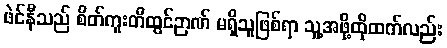
ဖဲင်နီသည် စိတ်ကူးတီထွင်ဉာဏ် မရှိသူဖြစ်ရာ သူ့အဖို့ထိုထက်လည်း